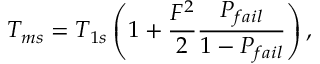
T _ { m s } = T _ { 1 s } \left( 1 + \frac { F ^ { 2 } } { 2 } \frac { P _ { f a i l } } { 1 - P _ { f a i l } } \right) ,